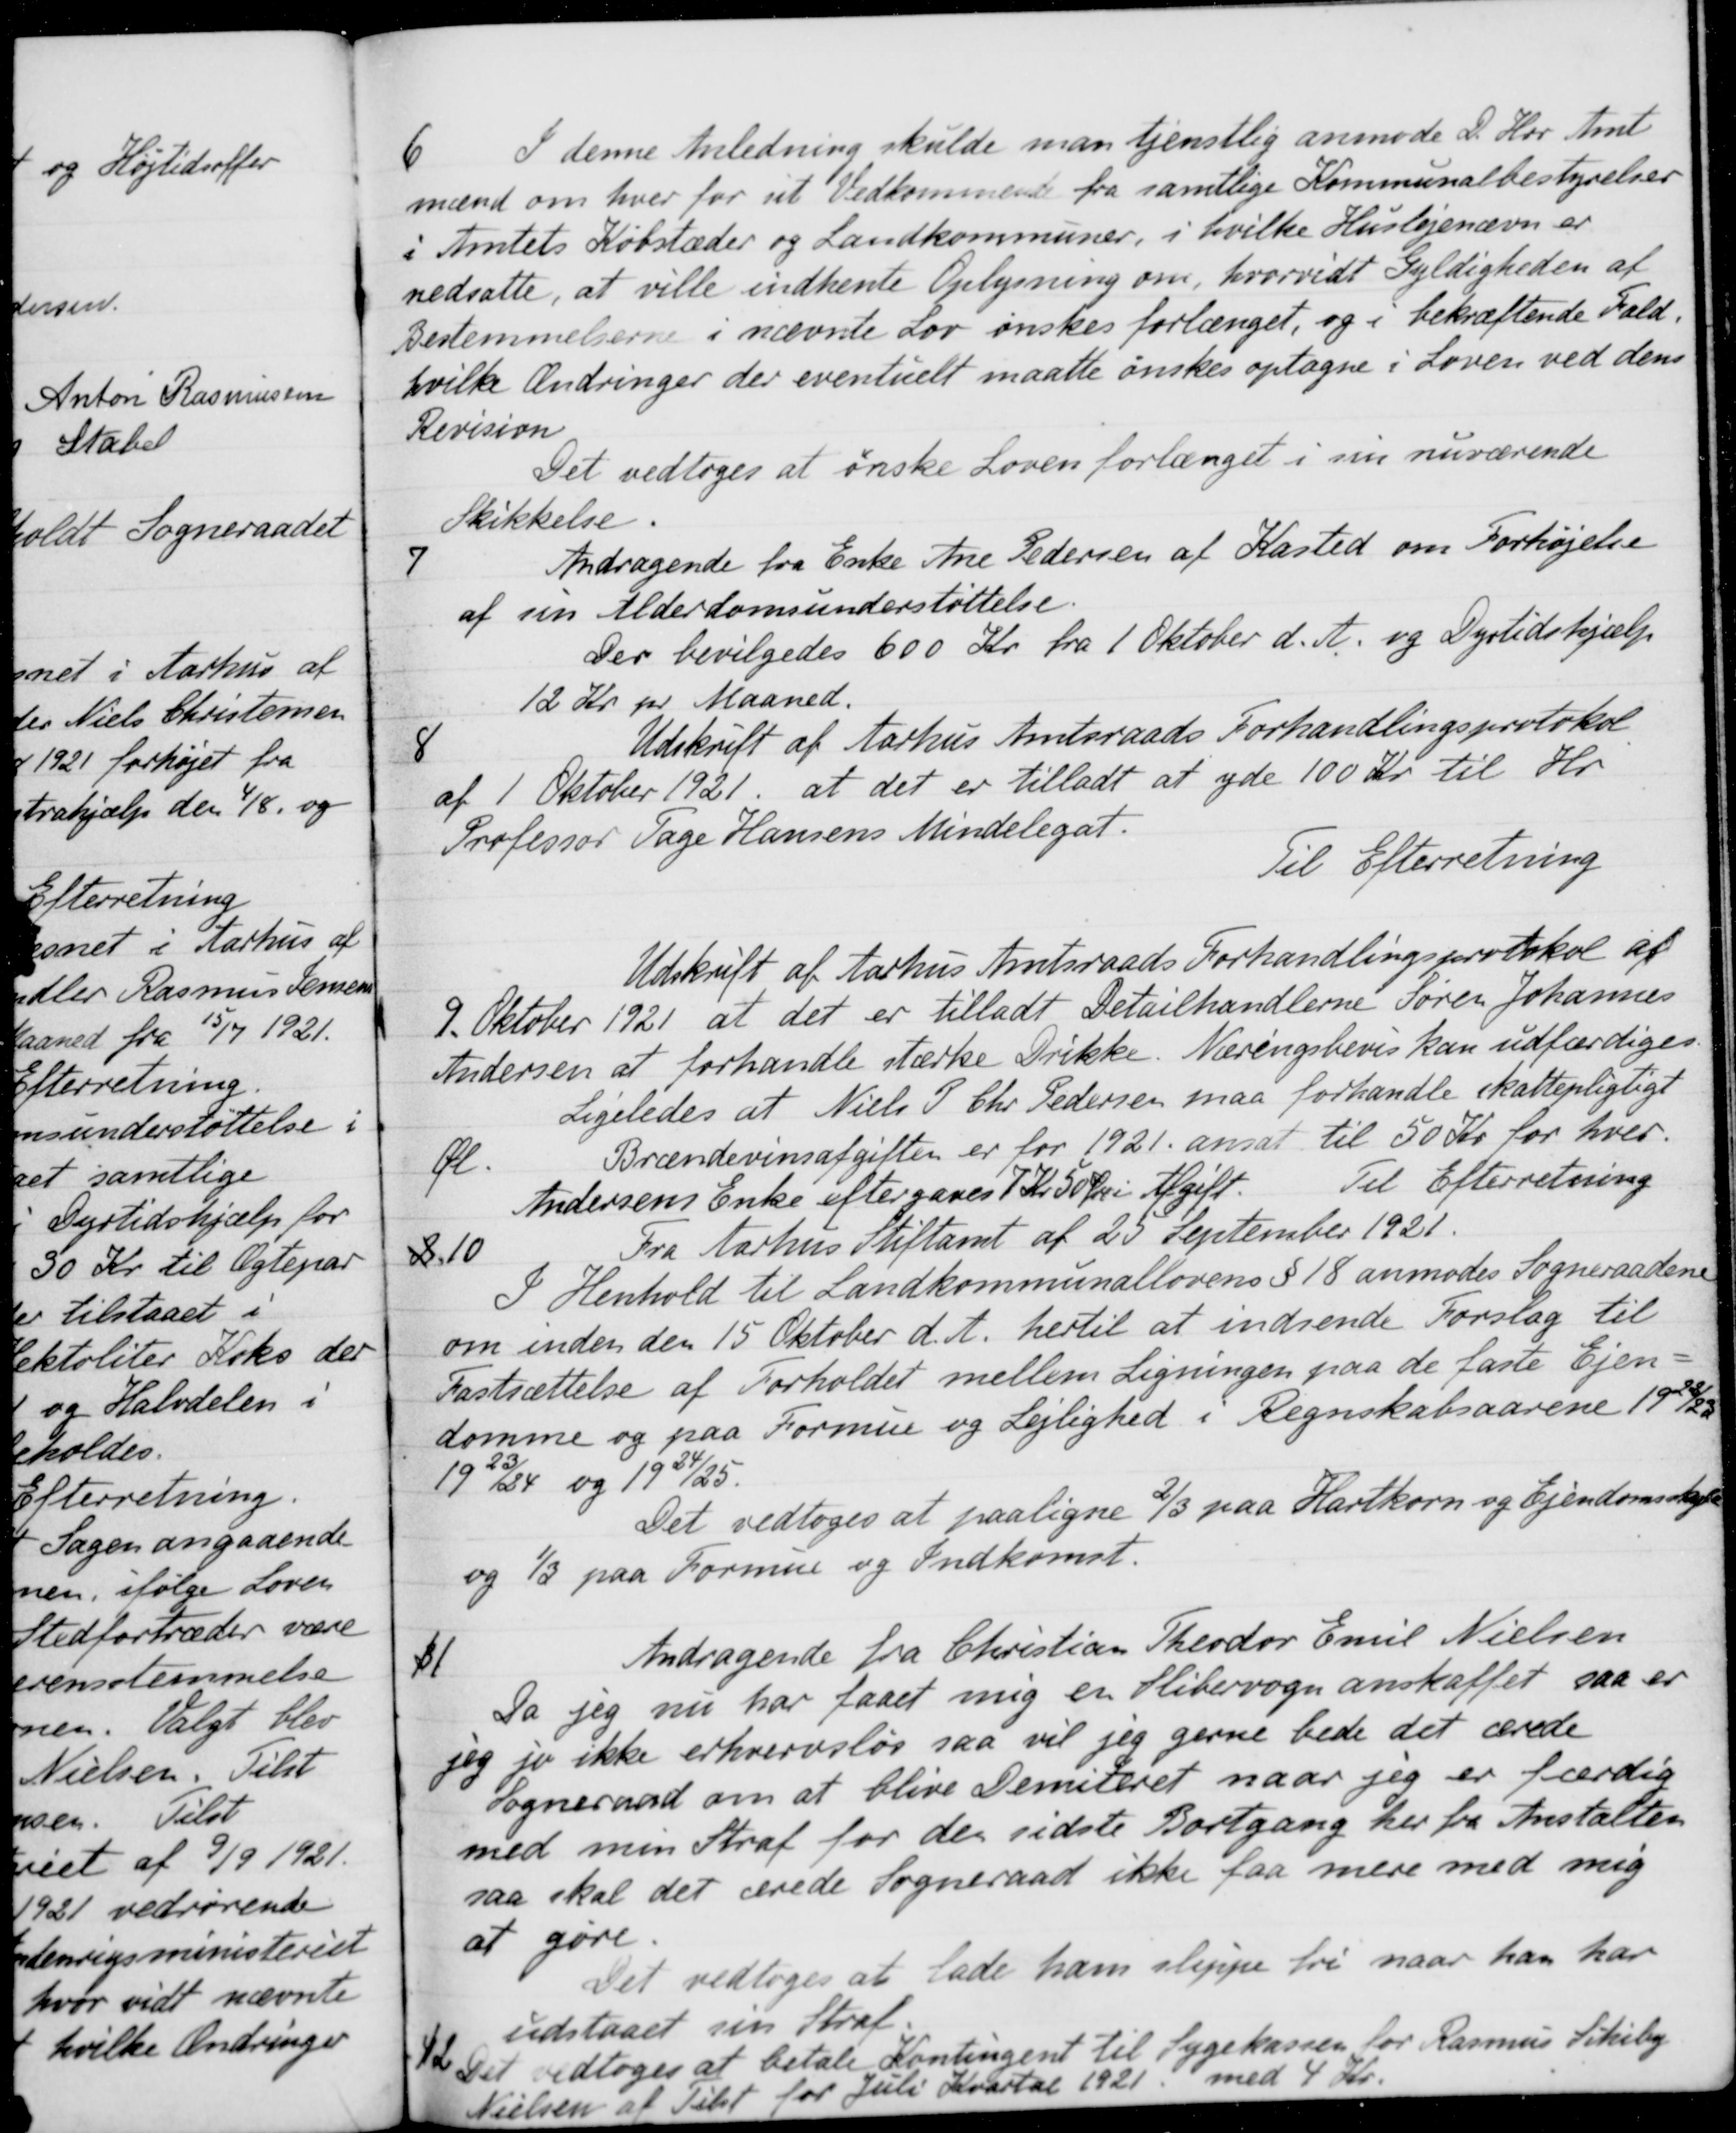
Transskription:
6
I denne Anledning skulde man tjenstlig anmode D. Hrr Amt
mænd om hver for sit Vedkommende fra samtlige Kommunalbestyrelser
i Amtets Købstæder og Landkommuner, i hvilke Huslejenævn er
nedsatte, at ville indhente Oplysning om, hvorvidt Gyldigheden af
Bestemmelserne i nævnte Lov ønskes forlænget, og i bekræftende Fald,
hvilke Ændringer der eventuelt maatte ønskes optagne i Loven ved dens
Revision
Det vedtoges at ønske Loven forlænget i sin nuværende
Skikkelse.
7
Andragende fra Enke Ane Pedersen af Kasted om Forhøjelse
af sin Alderdomsunderstøttelse.
Der bevilgedes 600 Kr. fra 1 Oktober d. A. og Dyrtidshjælp
12 Kr pr Maaned.
8
Udskrift af Aarhus Amtsraads Forhandlingsprotokol
af 1 Oktober 1921, at det er tilladt at yde 100 Kr. til Hr.
Professor Tage Hansens Mindelegat.
Til Efterretning
Udskrift af Aarhus Amtsraads Forhandlingsprotokol af
9. Oktober 1921 at det er tilladt Detailhandlerne Søren Johannes
Andersen at forhandle stærke Drikke. Næringsbevis kan udfærdiges.
Ligeledes at Niels P. Chr Pedersen maa forhandle skattepligtigt
Øl
Brændevinsafgiften er for 1921 ansat til 50 Kr for hver.
Andersens Enke eftergaves 7 Kr 50 Øre i Afgift.
Til Efterretning
2  10
Fra Aarhus Stiftamt af 25 September 1921.
I Henhold til Landkommunallovens § 18 anmodes Sogneraadene
om inden den 15 Oktober d. A. hertil at indsende Forslag til
Fastsættelse af Forholdet mellem Ligningen paa de faste Ejen-
domme og paa Formue og Lejlighed i Regnskabsaarene 1922/23
1923/24 og 1924/25.
Det vedtoges at paaligne 2/3 paa Hartkorn og Ejendomsskyld
og 1/3 paa Formue og Indkomst.
4
Andragende fra Christian Theodor Emil Nielsen
Da jeg nu har faaet mig en Slibervogn anskaffet saa er
jeg jo ikke erhvervsløs saa vil jeg gerne bede det ærede
Sogneraad om at blive Demiteret naar jeg er færdig
med min Straf for den sidste Bortgang her fra Anstalten
saa skal det ærede Sogneraad ikke faa mere med mig
at gøre.
Det vedtoges at lade ham slippe fri naar han har
udstaaet sin Straf.
12.
Det vedtoges at betale Kontingent til Sygekassen for Rasmus Sikiby
Nielsen at Tilst for Juli Kvartal 1921 med 4 Kr.